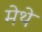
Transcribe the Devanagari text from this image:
मेथे